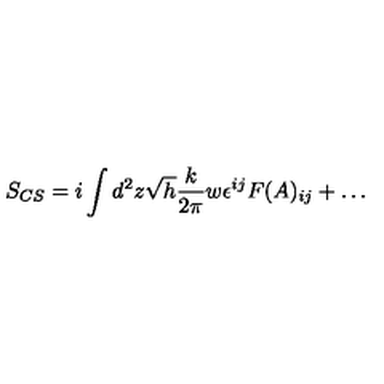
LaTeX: S _ { C S } = i \int d ^ { 2 } z \sqrt { h } { \frac { k } { 2 \pi } } w \epsilon ^ { i j } F ( A ) _ { i j } + \dots